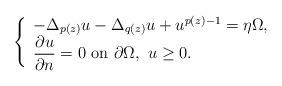
LaTeX: \begin{align*} \left\{\begin{array}{lll}-\Delta_{p(z)} u-\Delta_{q(z)} u+ u^{p(z)-1}= \eta \Omega,\\\displaystyle\frac{\partial u}{\partial n}=0 \mbox{ on }\partial\Omega,\ u\geq 0.\end{array}\right.\end{align*}